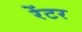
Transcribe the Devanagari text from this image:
रेंटर